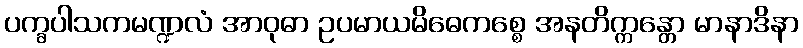
ပက္ခပါသကမဏ္ဍလံ အာဝုဓာ ဥပမာယမိဓေကစ္စေ အနတိက္ကန္တော မာနာဒိနာ